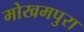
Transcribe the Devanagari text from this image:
मोखमपुरा